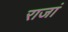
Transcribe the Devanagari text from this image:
राजां